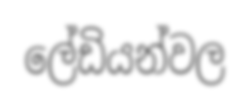
ලේඩියන්වල